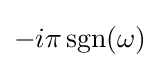
-i\pi \operatorname {sgn} (\omega )